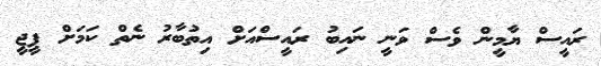
ރައީސް ޔާމީން ވެސް ވަނީ ނައިބު ރައީސްއަށް އިތުބާރު ނެތް ކަމަށް ޕީޖީ